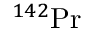
{ } ^ { 1 4 2 } \mathrm { P r }